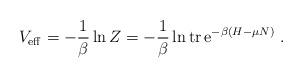
LaTeX: \begin{align*}V_{\rm eff} = - \frac{1}{\beta}\ln Z = - \frac{1}{\beta}\ln{\rm tr}\, {\rm e}^{-\beta (H-\mu N)} \ .\end{align*}